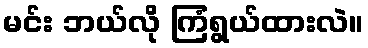
မင်း ဘယ်လို ကြံရွယ်ထားလဲ။